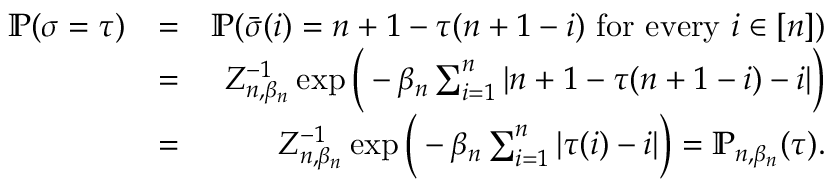
\begin{array} { r l r } { \mathbb { P } ( \sigma = \tau ) } & { = } & { \mathbb { P } ( \bar { \sigma } ( i ) = n + 1 - \tau ( n + 1 - i ) \mathrm { ~ f o r ~ e v e r y ~ } i \in [ n ] ) } \\ & { = } & { Z _ { n , \beta _ { n } } ^ { - 1 } \exp \Big ( - \beta _ { n } \sum _ { i = 1 } ^ { n } | n + 1 - \tau ( n + 1 - i ) - i | \Big ) } \\ & { = } & { Z _ { n , \beta _ { n } } ^ { - 1 } \exp \Big ( - \beta _ { n } \sum _ { i = 1 } ^ { n } | \tau ( i ) - i | \Big ) = \mathbb { P } _ { n , \beta _ { n } } ( \tau ) . } \end{array}